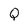
Character: Q